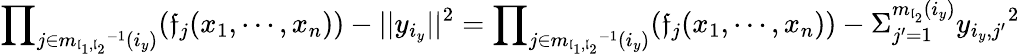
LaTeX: {\prod}_{j\in{m_{\mathfrak{l}_{1},\mathfrak{l}_{2}}}^{-1}(i_{y})}(\mathfrak{f}_{j}(x_{1},\cdots,x_{n}))-||y_{i_{y}}||^{2}={\prod}_{j\in{m_{\mathfrak{l}_{1},\mathfrak{l}_{2}}}^{-1}(i_{y})}(\mathfrak{f}_{j}(x_{1},\cdots,x_{n}))-{\Sigma}_{j^{\prime}=1}^{m_{\mathfrak{l}_{2}}(i_{y})}{y_{i_{y},j^{\prime}}}^{2}